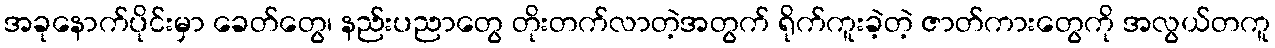
အခုနောက်ပိုင်းမှာ ခေတ်တွေ၊ နည်းပညာတွေ တိုးတက်လာတဲ့အတွက် ရိုက်ကူးခဲ့တဲ့ ဇာတ်ကားတွေကို အလွယ်တကူ